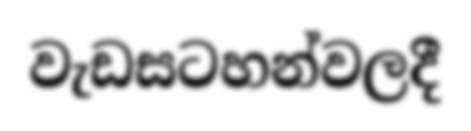
වැඩසටහන්වලදී